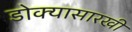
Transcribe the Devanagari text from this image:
डोक्यासारखी